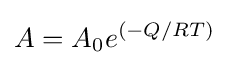
A=A_{0}e^{(-Q/RT)}